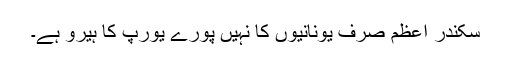
سکندر اعظم صرف یونانیوں کا نہیں پورے یورپ کا ہیرو ہے۔